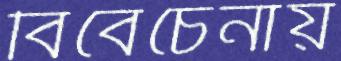
বিবেচেনায়